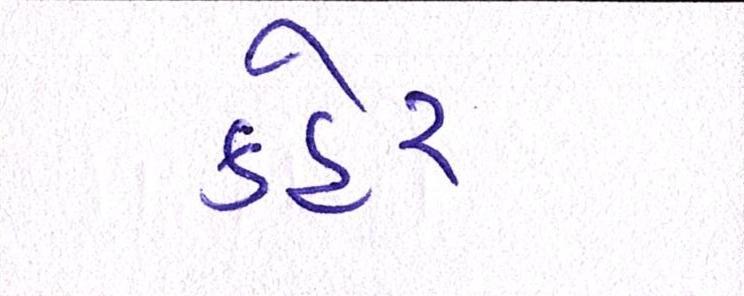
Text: કહેર